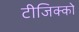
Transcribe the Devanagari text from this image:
टीजिक्को